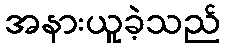
အနားယူခဲ့သည်